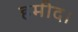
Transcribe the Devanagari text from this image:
हमीद।